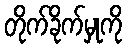
တိုက်ခိုက်မှုကို